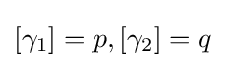
[\gamma _{1}]=p,[\gamma _{2}]=q